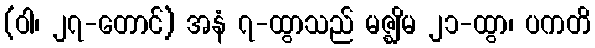
(ဝါ၊ ၂၇-တောင်) အနံ ၇-ထွာသည် မဇ္ဈိမ ၂၁-ထွာ၊ ပကတိ